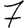
Digit: 7